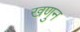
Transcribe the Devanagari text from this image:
खणुन